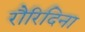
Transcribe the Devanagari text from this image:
रौरिदिना